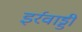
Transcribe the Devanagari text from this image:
इर्रवाड्डी